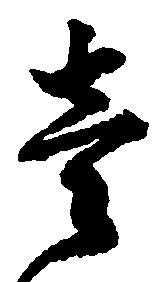
壱